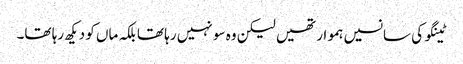
ٹینگو کی سانسیں ہموار تھیں لیکن وہ سو نہیں رہا تھا بلکہ ماں کو دیکھ رہا تھا۔